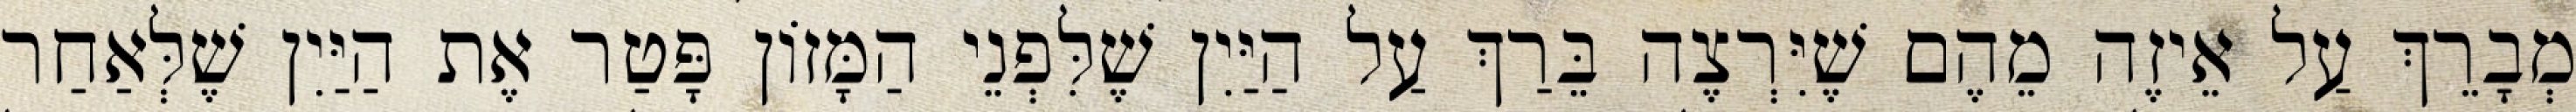
מְבָרֵךְ עַל אֵיזֶה מֵהֶם שֶׁיִּרְצֶה בֵּרַךְ עַל הַיַּיִן שֶׁלִּפְנֵי הַמָּזוֹן פָּטַר אֶת הַיַּיִן שֶׁלְּאַחַר